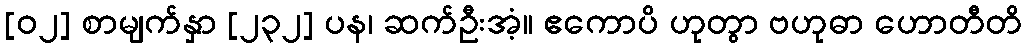
[၀၂] စာမျက်နှာ [၂၃၂] ပန၊ ဆက်ဦးအံ့။ ဧကောပိ ဟုတွာ ဗဟုဓာ ဟောတီတိ